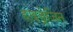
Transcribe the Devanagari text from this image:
हाइड्रेज़िन